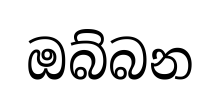
ඔබ්බන